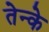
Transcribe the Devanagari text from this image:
तेन्के